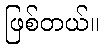
ဖြစ်တယ်။